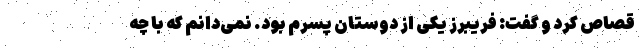
قصاص کرد و گفت: فریبرز یکی از دوستان پسرم بود. نمی‌دانم که با چه